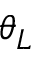
\theta _ { L }